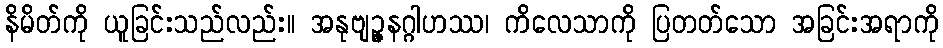
နိမိတ်ကို ယူခြင်းသည်လည်း။ အနုဗျဉ္ဇနဂ္ဂါဟဿ၊ ကိလေသာကို ပြတတ်သော အခြင်းအရာကို